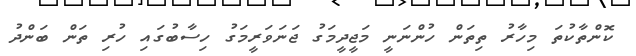
ކޮންތާކުތަ މިހާރު ތިތަން ހުންނަނީ މަޖީދީމަގު ޖަނަވަރީމަގު ހިސާބުގައި ހުރި ތަން ބަންދު